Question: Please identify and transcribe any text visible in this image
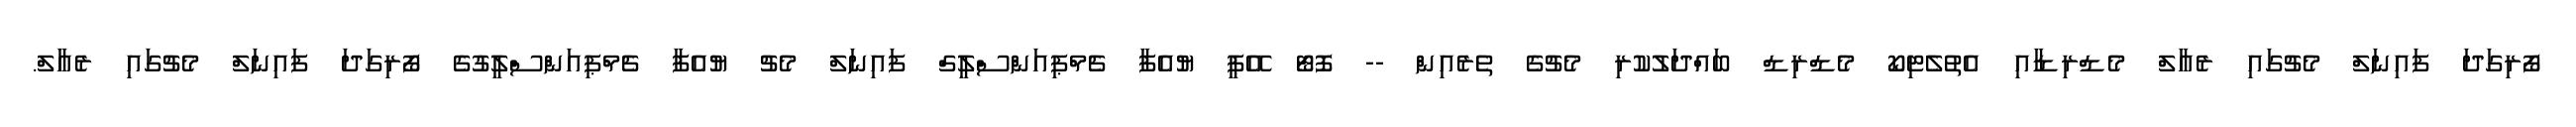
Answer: ފޯރިގަދަ ފައިނަލް މެޗުގައި ރެއާލް މެޑްރިޑާއި އެތުލެޓިކޯ މެޑްރިޑް ބައްދަލުކުރި މެޗުގެ ތެރެއިން -- ފޮޓޯ އޭޕީ ޔުއެފާ ޗެމްޕިއަންސްލީގް ފައިނަލް މެޗު ޔުއެފާ ޗެމްޕިއަންސްލީގުގެ ފޯރިގަދަ ފައިނަލް މެޗުގައި ރެއާލް.